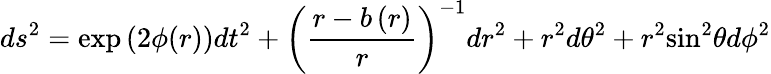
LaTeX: ds^{2}=\exp\left(2\phi(r)\right)dt^{2}+{\left(\frac{r-b\left(r\right)}{r}\right)^{-1}}dr^{2}+{r^{2}}d{\theta}^{2}+{r^{2}}{\sin}^{2}{\theta}d{\phi}^{2}